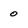
Character: 0